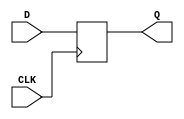
module top (CLK, D, Q);
    input CLK;
    input  [3:0] D;  // 4-bit data input
    output reg [3:0]Q = 0;   // 4-bit data output


always @(posedge CLK) begin
    Q = D;  // On the rising edge of the clock, the input D is transferred to the output Q
end

endmodule